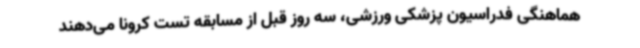
هماهنگی فدراسیون پزشکی ورزشی، سه روز قبل از مسابقه تست کرونا می‌دهند